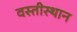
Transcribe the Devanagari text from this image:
वस्तीस्थान